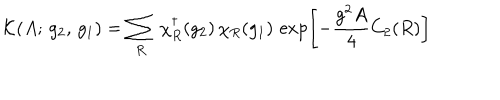
LaTeX: \mathcal { K } ( A ; \, g _ { 2 } , \, g _ { 1 } ) = \sum _ { R } \, \chi _ { R } ^ { \dagger } ( g _ { 2 } ) \, \chi _ { R } ( g _ { 1 } ) \, \exp \left[ - \frac { g ^ { 2 } A } { 4 } C _ { 2 } ( R ) \right]